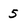
Character: 5